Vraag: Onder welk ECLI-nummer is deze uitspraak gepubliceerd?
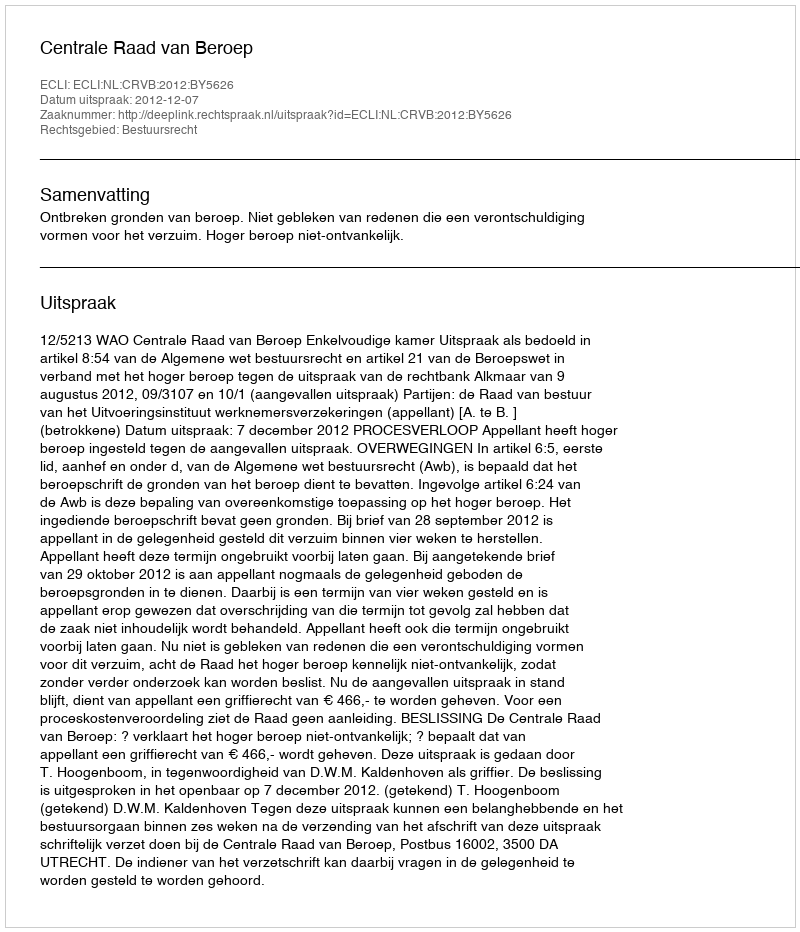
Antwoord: ECLI:NL:CRVB:2012:BY5626